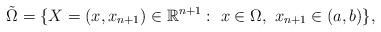
LaTeX: \begin{align*}\tilde\Omega=\{X=(x,x_{n+1})\in \mathbb R^{n+1}:\ x\in\Omega,\ x_{n+1}\in (a,b)\},\end{align*}